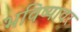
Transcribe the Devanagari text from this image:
भविष्यावर